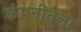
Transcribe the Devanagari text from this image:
कंपनीतला